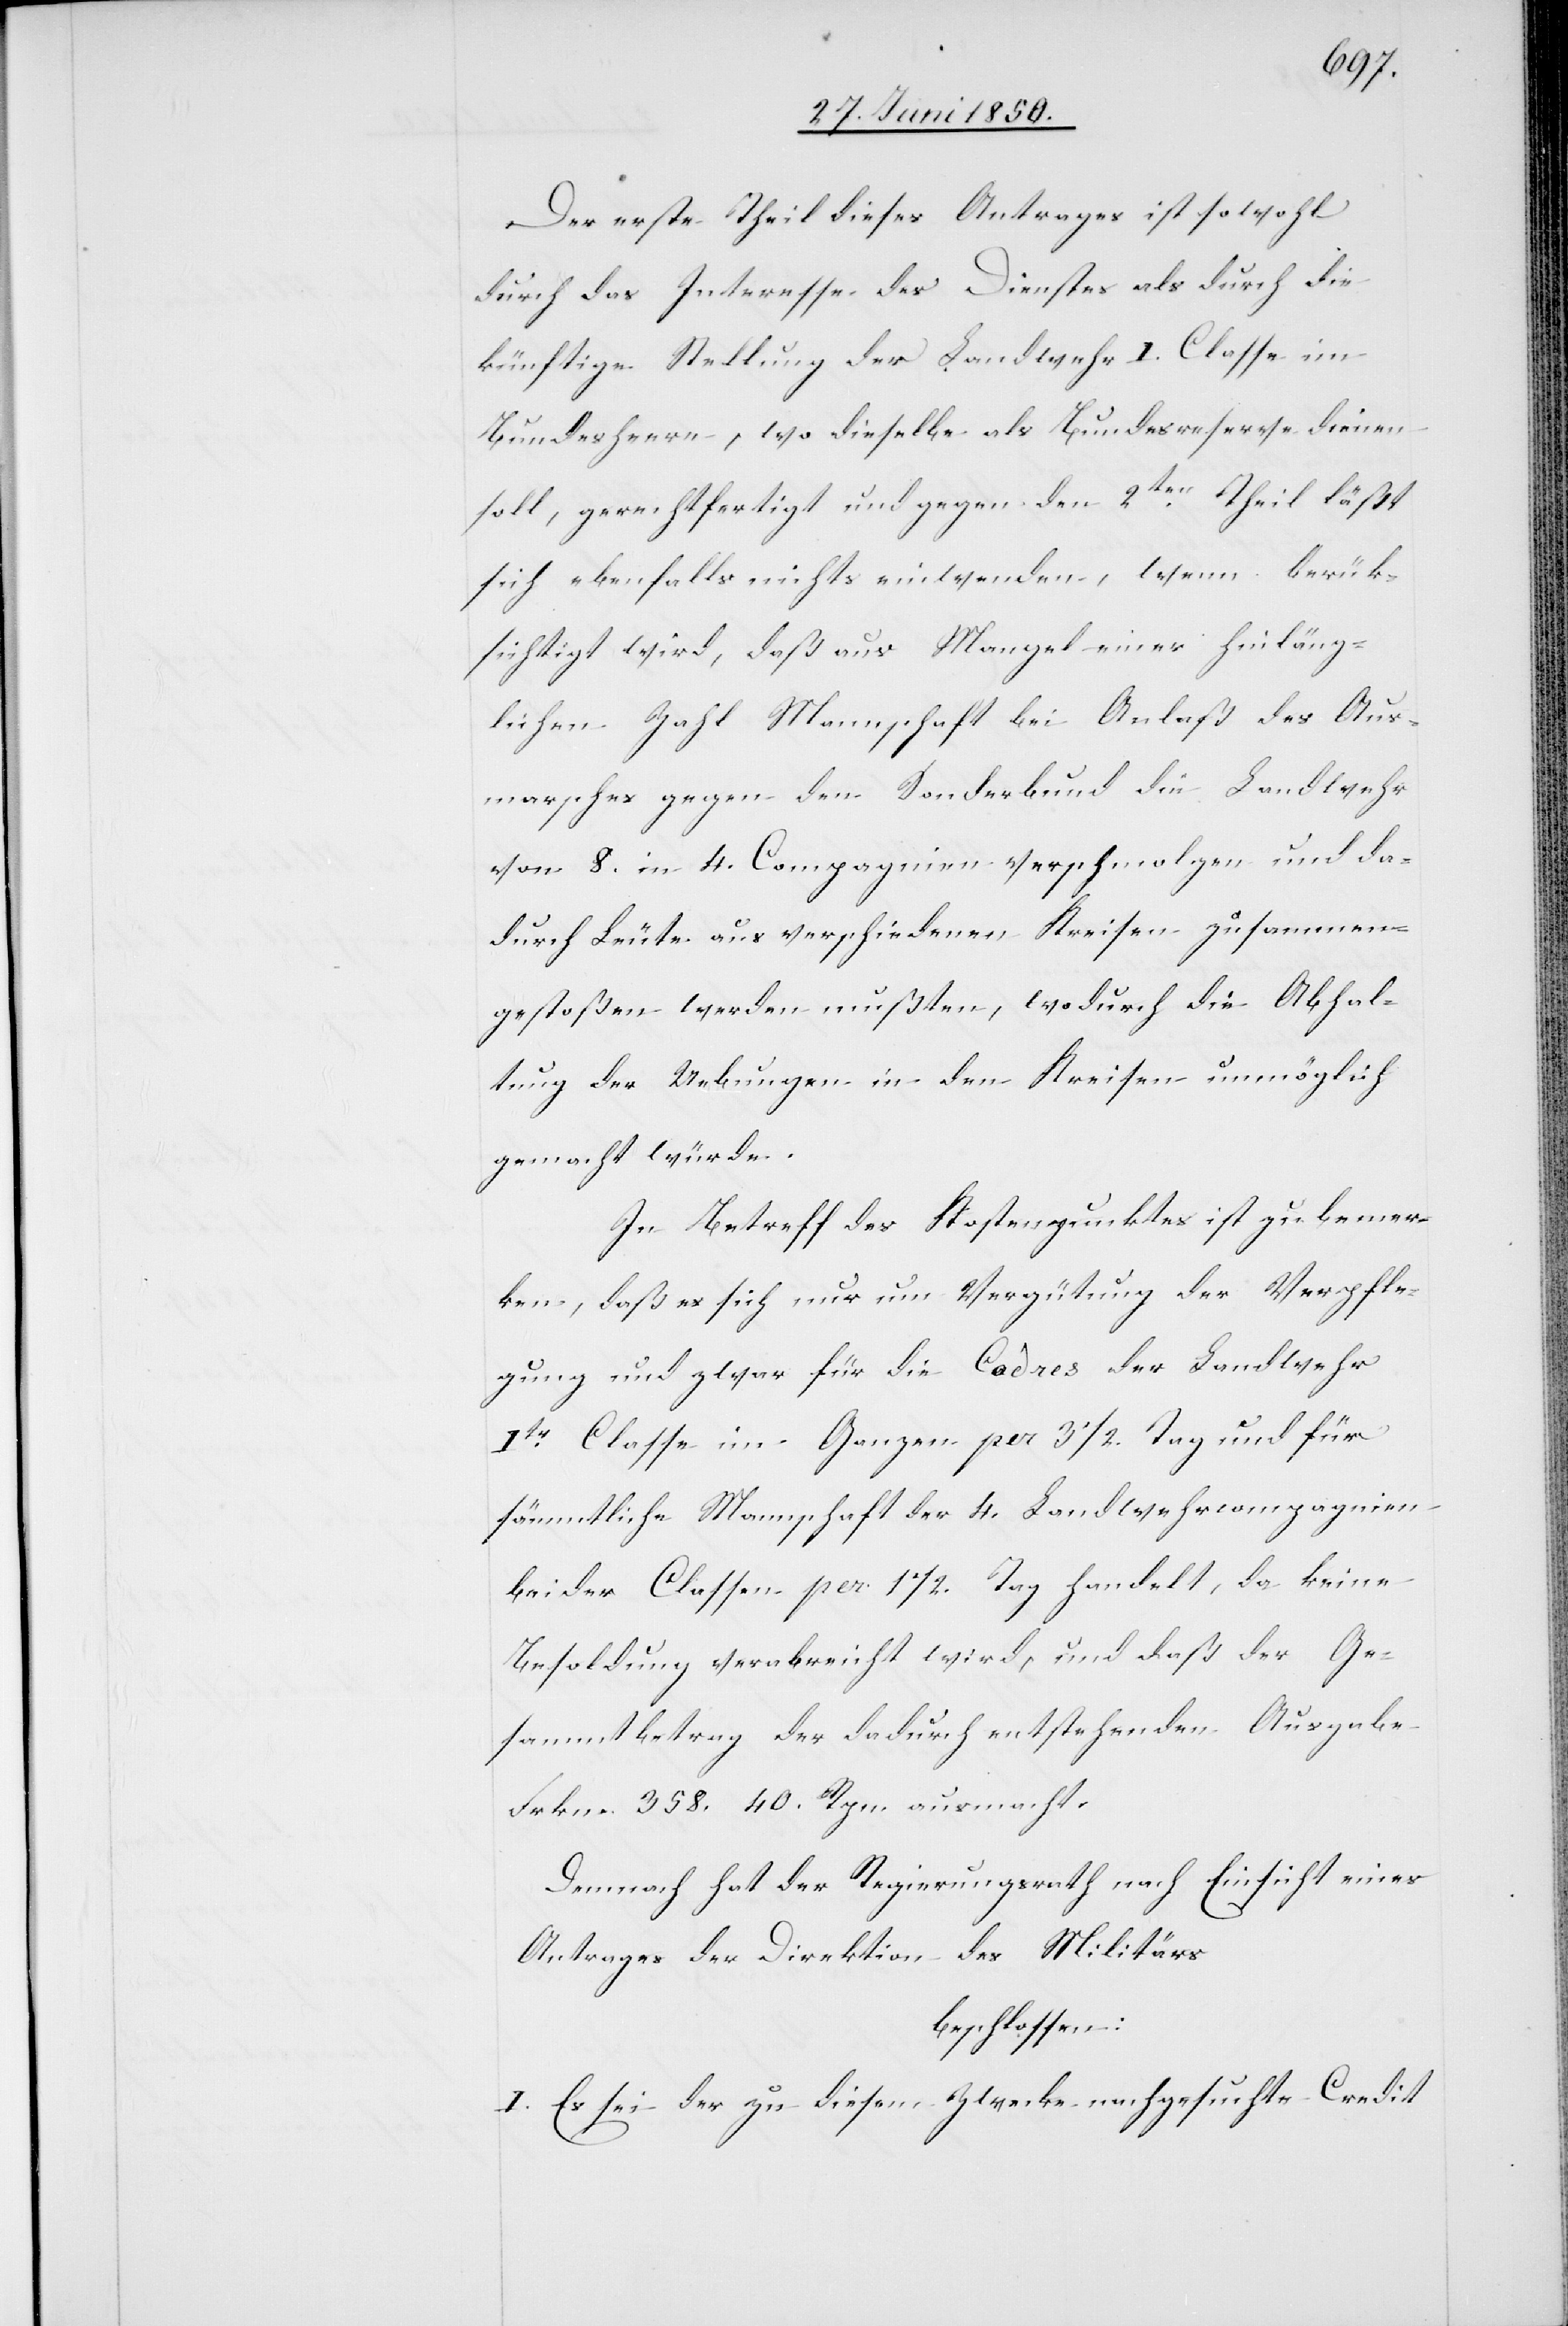
Der erste Theil dieses Antrages ist sowohl
durch das Interesse des Dienstes als durch die
künftige Stellung der Landwehr I. Classe im
Bundesheere, wo dieselbe als Bundesreserve dienen
soll, gerechtfertigt und gegen den 2ten Theil läßt
sich ebenfalls nichts einwenden, wenn berük¬
sichtigt wird, daß aus Mangel einer hinläng¬
lichen Zahl Mannschaft bei Anlaß des Aus¬
marsches gegen den Sonderbund die Landwehr
von 8. in 4. Compagnien verschmolzen und da¬
durch Leute aus verschiedenen Kreisen zusammen¬
gestoßen werden mußten, wodurch die Abhal¬
tung der Uebungen in den Kreisen unmöglich
gemacht würde.
In Betreff des Kostenpunktes ist zu bemer¬
ken, daß es sich nur um Vergütung der Verpfle¬
gung und zwar für die Cadres der Landwehr
Itr Classe im Ganzen per 3 1/2. Tag und für
sämmtliche Mannschaft der 4. Landwehrcompagnien
beider Classen per 1 1/2. Tag handelt, da keine
Besoldung verabreicht wird, und daß der Ge¬
sammtbetrag der dadurch entstehenden Ausgabe
Frkn. 358. 40. Rpn. ausmacht.
Demnach hat der Regierungsrath nach Einsicht eines
Antrages der Direktion des Militärs
beschlossen:
I. Es sei der zu diesem Zwecke nachgesuchte Credit